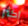
أكثر